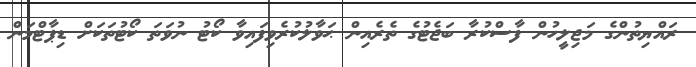
ރައްޔިތުންގެ މަޖިލީހުން ފާސްކުރާ ބަޖެޓުގެ ތެރެއިން ޙަވާލުކުރެވިފައިވާ ކޯޓު ނުވަތަ ކޯޓުތަކަށް ޑިޕާޓްމަން